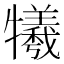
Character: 犧